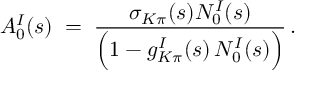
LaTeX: A _ { 0 } ^ { I } ( s ) \; = \; \frac { \sigma _ { K \pi } ( s ) N _ { 0 } ^ { I } ( s ) } { \Big ( 1 - g _ { K \pi } ^ { I } ( s ) \, N _ { 0 } ^ { I } ( s ) \Big ) } \, .